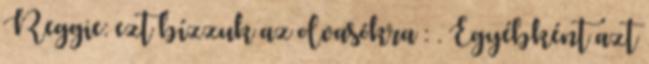
Reggie: ezt bízzuk az olvasókra : . Egyébként azt